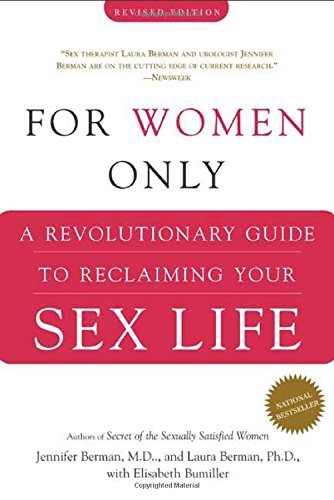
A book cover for For Women Only: A Revolutionary Guide to Reclaiming Your Sex Life; Jennifer Berman; Health, Fitness & Dieting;